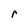
Character: r